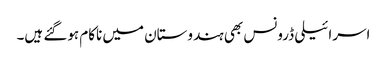
اسرائیلی ڈرونس بھی ہندوستان میں ناکام ہوگئے ہیں۔